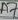
Text: A7